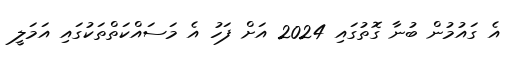
އެ ގައުމުން ބުނާ ގޮތުގައި 2024 އަށް ފަހު އެ މަސައްކަތްތަކުގައި އަމަލީ